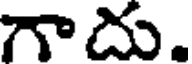
గాదు.